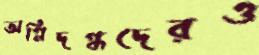
অগ্নিদগ্ধদেরও